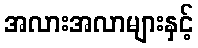
အလားအလာများနှင့်